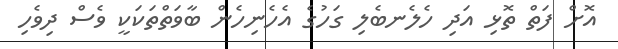
އޮށް ފަތް ތޮޅި އަދި ހެލެނބެލި ގަހުގެ އެހެނިހެން ބާވަތްތަކަކީ ވެސް ދިވެހި